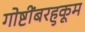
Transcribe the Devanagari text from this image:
गोष्टींबरहुकूम